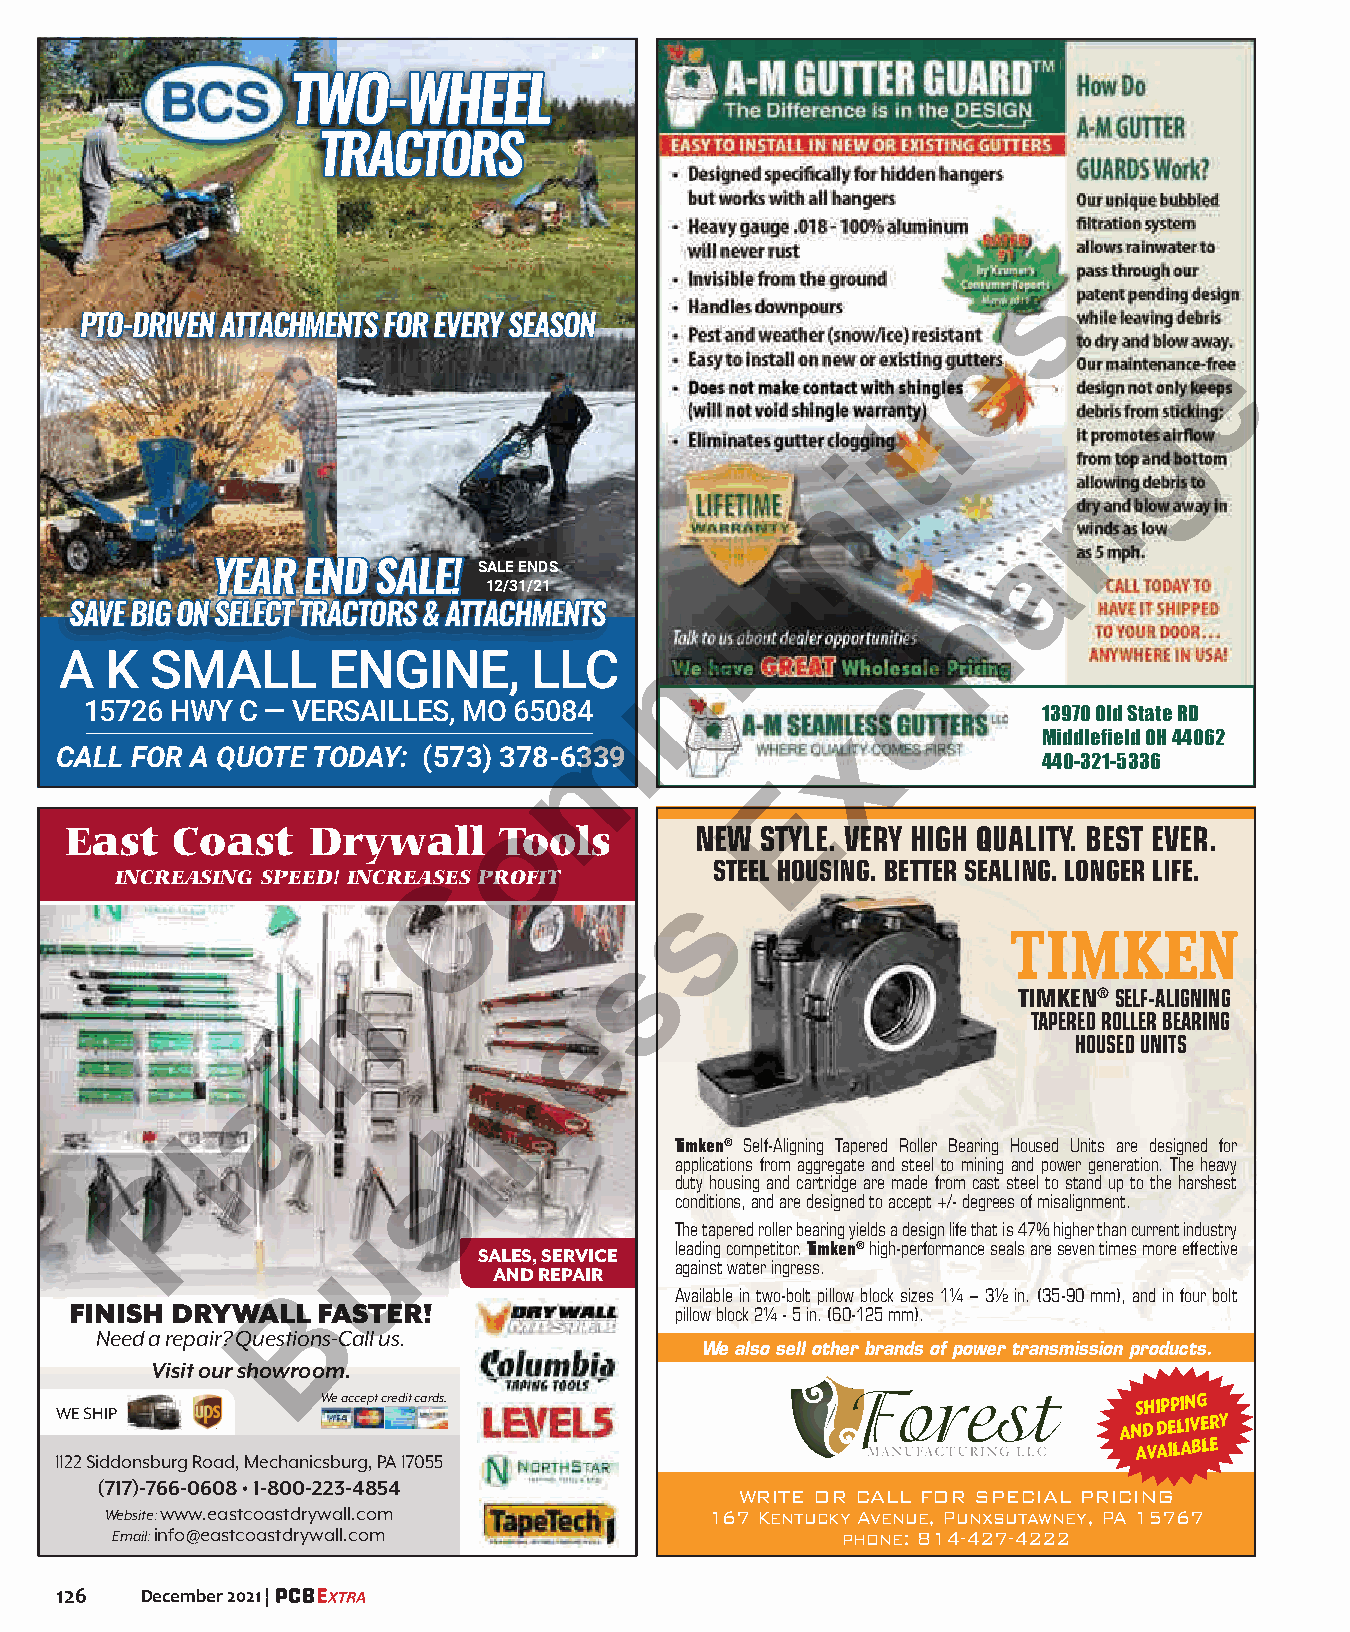
TTWWOO--WWHHEEEELL
 TTRRAACCTTOORRSS
 s
 PPTTOO--DDRRIIVVEENN AATTTTAACCHHMMEENNTTSS FFOORR EEVVEERRYY SSEEAASSOONN
 e
 e
 i
 g
 t
 i
 n
 n
 a
 u
 YYEEAARR EENNDD SSAALLEE!! SALE ENDS
 12/31/21
 h
 SSAAVVEE BBIIGG OONN SSEELLEECCTT TTRRAACCTTOORRSS && AATTTTAACCHHMMEENNTTSS
 m
 A  K  SMALL       ENGINE,      LLC
 c
 15726 HWY C — VERSAILLES, MO 65084
 m                            13970 Old State RD
 x
 Middlefield OH 44062
 CALL FOR A QUOTE TODAY: (573) 378-6339
 440-321-5336
 E
 o
 East   Coast    Drywall      Tools        NEW STYLE. VERY HIGH QUALITY. BEST EVER.
 S TEEL HOUSING. BETTER SEALING. LONGER LIFE.
 INCREASING SPEED! INCREASECS PROFIT
 s
 s
 n                                           TIMKEN® SELF-ALIGNING
 e                             TAPERED ROLLER BEARING
 HOUSED UNITS
 i
 n
 a
 l                i              Timken® Self-Aligning Tapered Roller Bearing Housed Units are designed for
 s                applications from aggregate and steel to mining and power generation. The heavy
 P
 duty housing and cartridge are made from cast steel to stand up to the harshest
 conditions, and are designed to accept +/- degrees of misalignment.
 u                    The tapered roller bearing yields a design life that is 47% higher than current industry
 SALES, SERVICE leading competitor. Timken® high-performance seals are seven times more effective
 AND REPAIR  against water ingress.
 B                        Available in two-bolt pillow block sizes 1¼ – 3½ in. (35-90 mm), and in four bolt
 FINISH DRYWALL  FASTER!
 pillow block 2¼ - 5 in. (60-125 mm).
 Need a repair? Questions-Call us.
 We also sell other brands of power transmission products.
 Visit our showroom.
 WE SHIP
 We accept credit cards.                               SHIPPING
 AND
 DELIVERY
 1122 Siddonsburg Road, Mechanicsburg, PA 17055
 AVAILABLE
 (717)-766-0608 • 1-800-223-4854
 WRITE OR CALL FOR SPECIAL PRICING
 Website: www.eastcoastdrywall.com       167 Kentucky Avenue, Punxsutawney, PA 15767
 Email: info@eastcoastdrywall.com                 phone: 814-427-4222
 126  December 2021 |